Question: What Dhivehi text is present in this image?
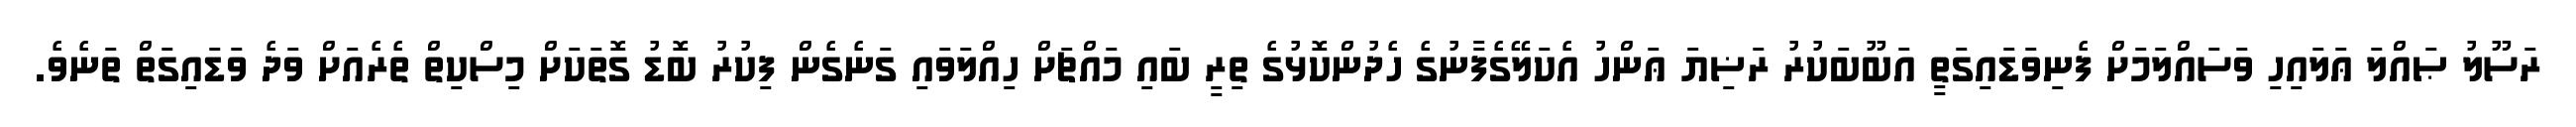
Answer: ރަސޫލު ޞައްލަ ޢަލައިހި ވަސައްލަމަށް ފެނިވަޑައިގަތީ އަބޫބަކުރު ރަޟިޔަ ޢަންހު އެކަލޭގެފާނުގެ ހެދުންކޮޅުގެ ތިރީ ބައި މައްޗަށް ހިއްލަވައި ގަނެގެން ފިކުރު ބޮޑު ގޮތަކަށް މިސްކިތް ތެރެއަށް ވަދެ ވަޑައިގަތް ތަނެވެ.